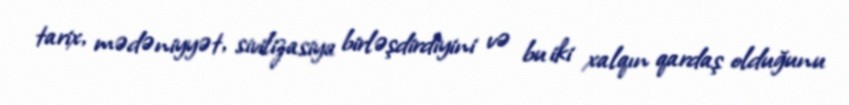
tarix, mədəniyyət, sivilizasiya birləşdirdiyini və bu iki xalqın qardaş olduğunu